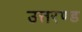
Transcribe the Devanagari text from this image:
उत्तरण्ड